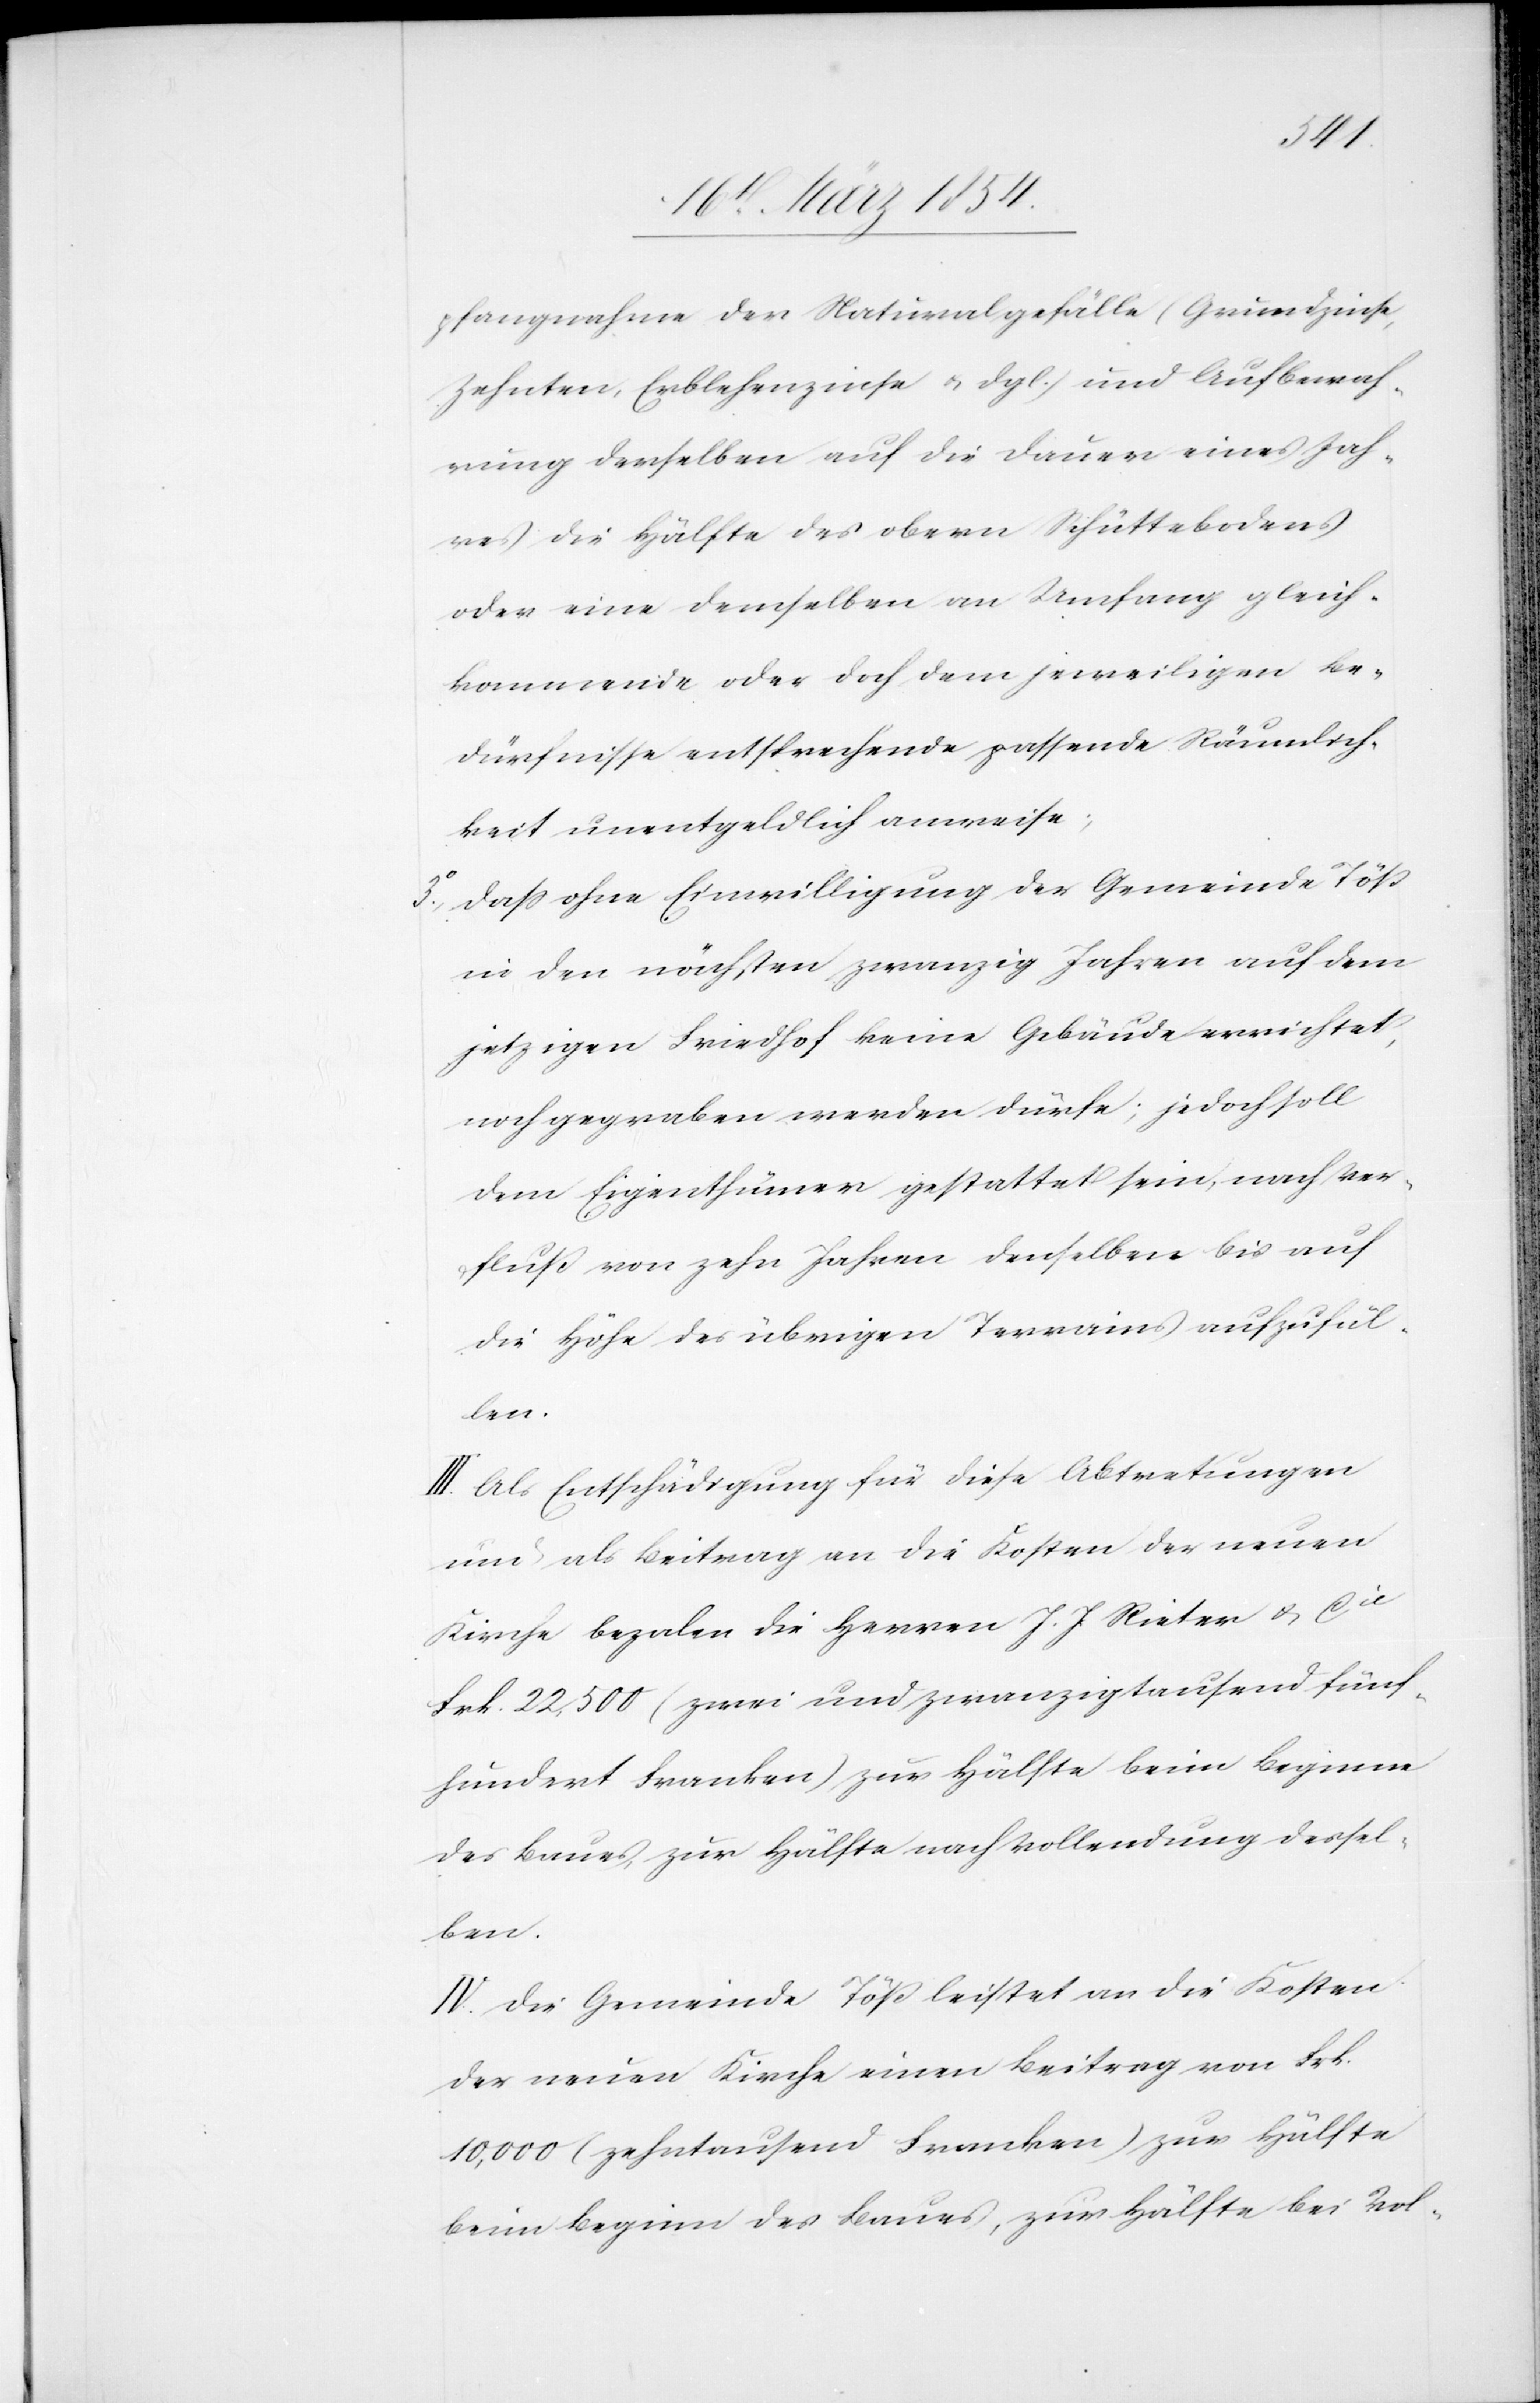
pfangnahme der Naturalgefälle (Grundzinse,
Zehnten, Erblehenzinse u. dgl.) und Aufbewah¬
rung derselben auf die Dauer eines Jah¬
res die Hälfte des oberen Schüttebodens
oder eine demselben an Umfang gleich¬
kommende oder doch dem jeweiligen Be¬
dürfnisse entsprechende passende Räumlich¬
keit unentgeldlich anweise;
3o Daß ohne Einwilligung der Gemeinde Töß
in den nächsten zwanzig Jahren auf dem
jetzigen Friedhof keine Gebäude errichtet,
noch gegraben werden dürfe; jedoch soll
dem Eigenthümer gestattet sein, nach Ver¬
fluß von zehn Jahren denselben bis auf
die Höhe des übrigen Terrains aufzufül¬
len.
III. Als Entschädigung für diese Abtretungen
und als Beitrag an die Kosten der neuen
Kirche bezalen die Herren J. J. Rieter & Cie
Frk. 22,500 (zwei und zwanzigtausend fünf¬
hundert Franken) zur Hälfte beim Beginne
des Baues, zur Hälfte nach Vollendung dessel¬
ben.
IV. Die Gemeinde Töß leistet an die Kosten
der neuen Kirche einen Beitrag von Frk.
10,000 (zehntausend Franken) zur Hälfte
beim Beginn des Baues, zur Hälfte bei Vol-